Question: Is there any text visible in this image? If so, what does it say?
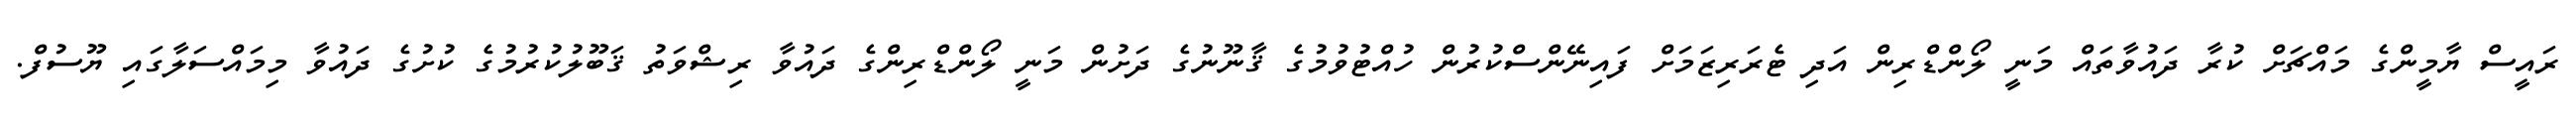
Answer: ރައީސް ޔާމީންގެ މައްޗަށް ކުރާ ދައުވާތައް މަނީ ލޯންޑްރިން އަދި ޓެރަރިޒަމަށް ފައިނޭންސްކުރުން ހުއްޓުވުމުގެ ޤާނޫނުގެ ދަށުން މަނީ ލޯންޑްރިންގެ ދައުވާ ރިޝްވަތު ޤަބޫލުކުރުމުގެ ކުށުގެ ދައުވާ މިމައްސަލާގައި ޔޫސުފް.